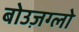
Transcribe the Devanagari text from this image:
बोउज़ग्लो